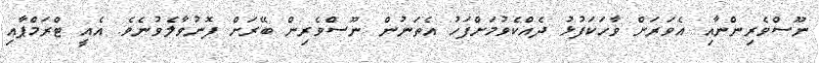
ނޫސްވެރިންނާއި އެވަރަށް ވާހަކަފުޅު ދެއްކެވުމަށްފަހު އެތަނުން ނޫސްވެރިން ބޭރަށް ފޮނުވާލެވުނެވެ. އެއީ ޓްރަމްޕާއި